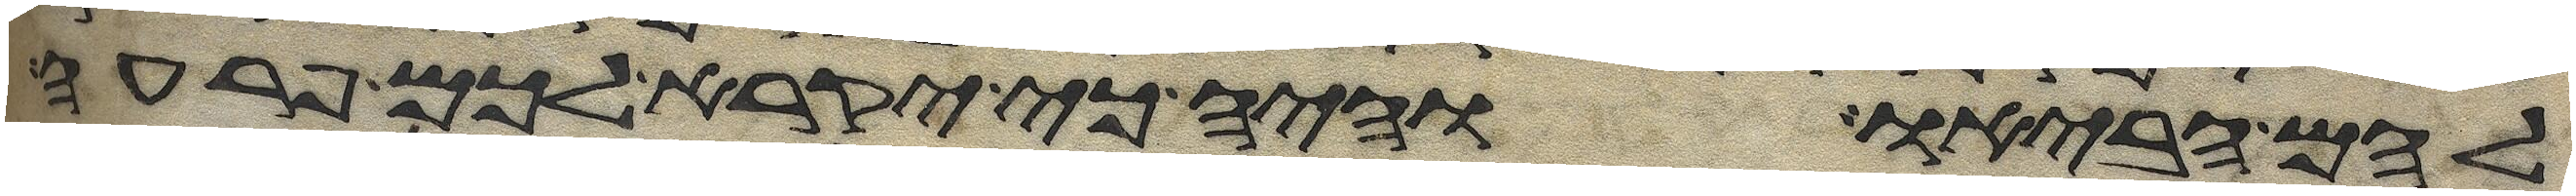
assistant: להם הביאו והיה כי יקרא לכם פרעה